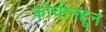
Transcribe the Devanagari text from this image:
कोचीनहून